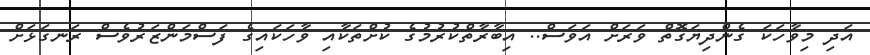
އަދި މިވާހަކަ ގެންދިޔަގޮތް ވަރަށް އަވަސް.. އިބާރާތްކުރުމުގެ ކުށްތަކާއި ވާހަކައިގެ ފަސްމަންޒަރުވެސް ރަނގަޅަށް